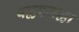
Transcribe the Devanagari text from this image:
पल्लवमल्ला